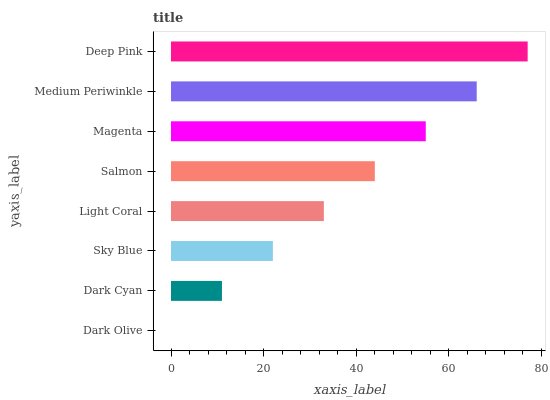
| yaxis_label | bars |
 | --- | --- |
 | Dark Olive | 0 |
 | Dark Cyan | 11 |
 | Sky Blue | 22 |
 | Light Coral | 33 |
 | Salmon | 44 |
 | Magenta | 55 |
 | Medium Periwinkle | 66 |
 | Deep Pink | 77.1 |